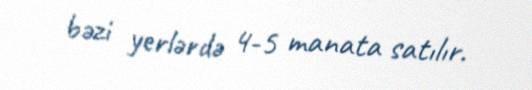
bəzi yerlərdə 4-5 manata satılır.